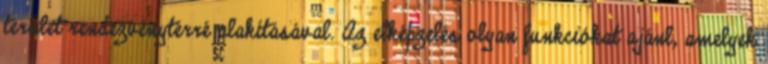
terület rendezvénytérré alakításával. Az elképzelés olyan funkciókat ajánl, amelyek